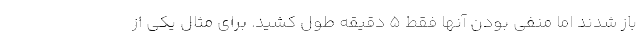
باز شدند اما منفی بودن آنها فقط ۵ دقیقه طول کشید. برای مثال یکی از